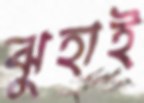
ঝুহাই